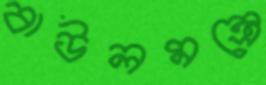
বাউলমন্ত্রে